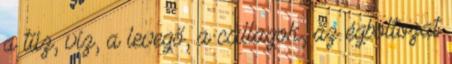
a tűz, víz, a levegő, a csillagok, az égboltozat